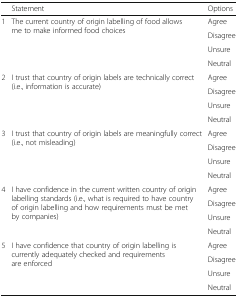
<table><thead><tr><td></td><td><b>Statement</b></td><td><b>Options</b></td></tr></thead><tbody><tr><td rowspan="4">1</td><td rowspan="4">The current country of origin labelling of food allows me to make informed food choices</td><td>Agree</td></tr><tr><td>Disagree</td></tr><tr><td>Unsure</td></tr><tr><td>Neutral</td></tr><tr><td rowspan="4">2</td><td rowspan="4">I trust that country of origin labels are technically correct (i.e., information is accurate)</td><td>Agree</td></tr><tr><td>Disagree</td></tr><tr><td>Unsure</td></tr><tr><td>Neutral</td></tr><tr><td rowspan="4">3</td><td rowspan="4">I trust that country of origin labels are meaningfully correct (i.e., not misleading)</td><td>Agree</td></tr><tr><td>Disagree</td></tr><tr><td>Unsure</td></tr><tr><td>Neutral</td></tr><tr><td rowspan="4">4</td><td rowspan="4">I have confidence in the current written country of origin labelling standards (i.e., what is required to have country of origin labelling and how requirements must be met by companies)</td><td>Agree</td></tr><tr><td>Disagree</td></tr><tr><td>Unsure</td></tr><tr><td>Neutral</td></tr><tr><td rowspan="4">5</td><td rowspan="4">I have confidence that country of origin labelling is currently adequately checked and requirements are enforced</td><td>Agree</td></tr><tr><td>Disagree</td></tr><tr><td>Unsure</td></tr><tr><td>Neutral</td></tr></tbody></table>